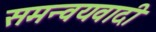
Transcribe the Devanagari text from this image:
समन्‍वयवादी